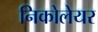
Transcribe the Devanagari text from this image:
निकोलेयर